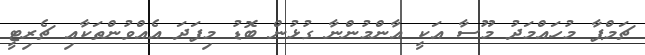
ޗަމްޕާ މުހައްމަދު މޫސާ އަކީ އާންމުންނާ ގުޅުން ބޮޑު މިފަދަ އެއްވުންތަކާއި ޗެރިޓީ